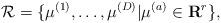
LaTeX: \begin{align*}{\cal R}=\{\mu^{(1)},\ldots,\mu^{(D)}|\mu^{(a)}\in {\bf R}^r\},\end{align*}